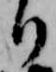
り